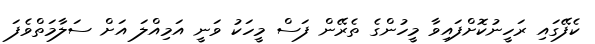
ކެފޭގައި ރަހީނުކޮށްފައިވާ މީހުންގެ ތެރޭން ފަސް މީހަކު ވަނީ އަމިއްލަ އަށް ސަލާމަތްވެފަ